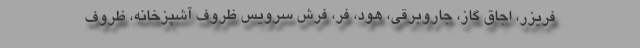
فریزر، اجاق گاز، جاروبرقی، هود، فر، فرش سرویس ظروف آشپزخانه، ظروف